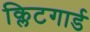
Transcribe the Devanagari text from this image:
क्लिटगार्ड